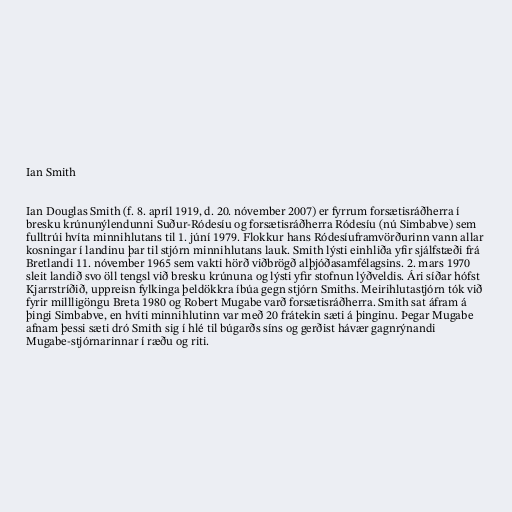
Ian Smith

Ian Douglas Smith (f. 8. apríl 1919, d. 20. nóvember 2007) er fyrrum forsætisráðherra í
bresku krúnunýlendunni Suður-Ródesíu og forsætisráðherra Ródesíu (nú Simbabve) sem
fulltrúi hvíta minnihlutans til 1. júní 1979. Flokkur hans Ródesíuframvörðurinn vann allar
kosningar í landinu þar til stjórn minnihlutans lauk. Smith lýsti einhliða yfir sjálfstæði frá
Bretlandi 11. nóvember 1965 sem vakti hörð viðbrögð alþjóðasamfélagsins. 2. mars 1970
sleit landið svo öll tengsl við bresku krúnuna og lýsti yfir stofnun lýðveldis. Ári síðar hófst
Kjarrstríðið, uppreisn fylkinga þeldökkra íbúa gegn stjórn Smiths. Meirihlutastjórn tók við
fyrir millligöngu Breta 1980 og Robert Mugabe varð forsætisráðherra. Smith sat áfram á
þingi Simbabve, en hvíti minnihlutinn var með 20 frátekin sæti á þinginu. Þegar Mugabe
afnam þessi sæti dró Smith sig í hlé til búgarðs síns og gerðist hávær gagnrýnandi
Mugabe-stjórnarinnar í ræðu og riti.